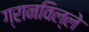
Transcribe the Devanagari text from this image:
ग्रानविल्ले